Scottish Certificate of Education, 1963
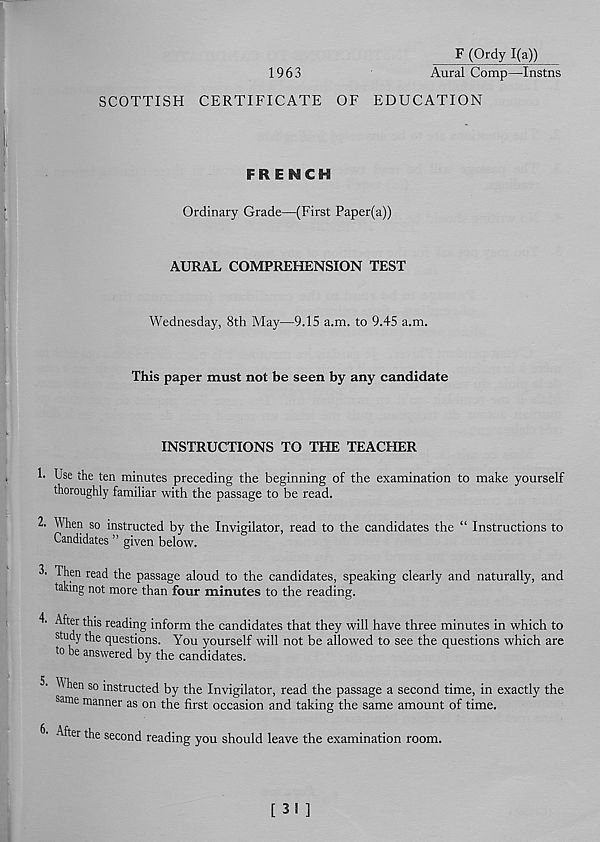
1963
F (Ordy 1(a))
Aural Comp—Instns
SCOTTISH CERTIFICATE OF EDUCATION
FRENCH
Ordinary Grade—(First Paper(a))
AURAL COMPREHENSION TEST
Wednesday, 8th May—9.15 a.m. to 9.45 a.m.
This paper must not be seen by any candidate
INSTRUCTIONS TO THE TEACHER
1- Use the ten minutes preceding the beginning of the examination to make yourself
thoroughly familiar with the passage to be read.
2. When so instructed by the Invigilator, read to the candidates the “ Instructions to
Candidates ” given below.
2. Then read the passage aloud to the candidates, speaking clearly and naturally, and
taking not more than four minutes to the reading.
4. After this reading inform the candidates that they will have three minutes in which to
study the questions. You yourself will not be allowed to see the questions which are
to be answered by the candidates.
2- ^ hen so instructed by the Invigilator, read the passage a second time, in exactly the
same manner as on the first occasion and taking the same amount of time.
6 A er the second reading you should leave the examination room.
[ 3! ]